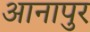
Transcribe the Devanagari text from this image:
आनापुर